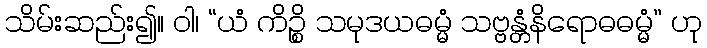
သိမ်းဆည်း၍။ ဝါ၊ “ယံ ကိဉ္စိ သမုဒယဓမ္မံ သဗ္ဗန္တံနိရောဓဓမ္မံ” ဟု